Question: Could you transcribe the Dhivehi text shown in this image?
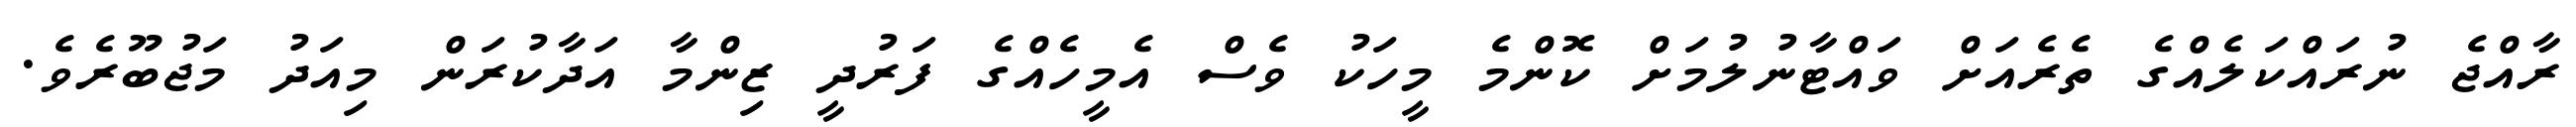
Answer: ރާއްޖެ ނުރައްކަލެއްގެ ތެރެއަށް ވައްޓާނުލުމަށް ކޮންމެ މީހަކު ވެސް އެމީހެއްގެ ފަރުދީ ޒިންމާ އަދާކުރަން މިއަދު މަޖުބޫރެވެ.